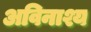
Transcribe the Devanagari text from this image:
अविनाश्य